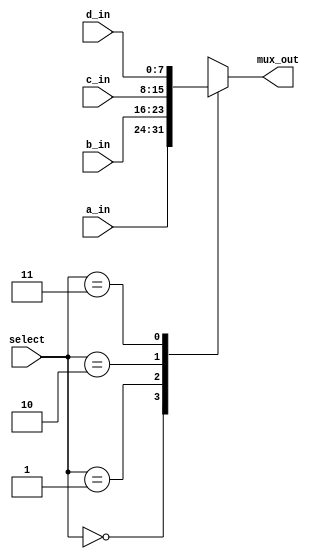
module fourInMux 
	#(parameter W=8)(input [W-1:0] a_in, input [W-1:0] b_in, input [W-1:0] c_in, 
	input [W-1:0] d_in, output reg [W-1:0] mux_out, input [1:0] select);

always@(*)
	begin
		case(select)
			2'b00: mux_out <= a_in;
			2'b01: mux_out <= b_in;
			2'b10: mux_out <= c_in;
			2'b11: mux_out <= d_in;
		endcase
	end

endmodule